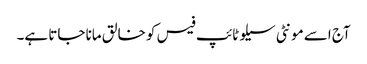
آج اسے مونٹی سیلو ٹائپ فیس کو خالق مانا جاتا ہے۔